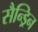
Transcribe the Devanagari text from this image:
सैन्ड्रिन